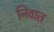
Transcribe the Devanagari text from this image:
निवात